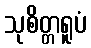
သုစိတ္တရူပံ